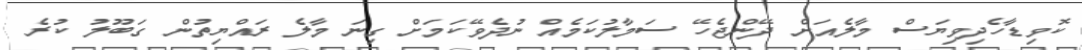
ކޮވިޑާހެދިވިޔަސް މާލެއަށް ދޭންޖެހޭ ސަމާލުކަމެއް ނުދެވޭކަމަށް ގިނަ މާލެ ރައްޔިތުން ގަބޫލު ކުރެ